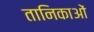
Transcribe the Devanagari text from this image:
तानिकाओं